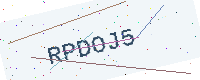
Text: RPDOJ5